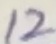
Text: 12